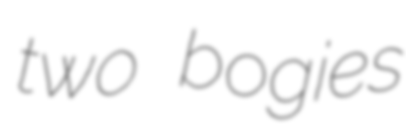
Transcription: two bogies